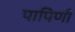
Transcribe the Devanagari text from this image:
पापिणी